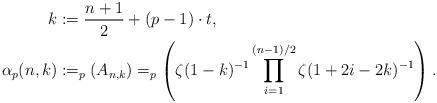
LaTeX: \begin{align*} k&:=\frac{n+1}{2}+(p-1)\cdot t,\\ \alpha_p(n,k) &:= _p(A_{n,k})=_p\left(\zeta(1-k)^{-1}\prod_{i=1}^{(n-1)/2}\zeta(1+2i-2k)^{-1}\right).\end{align*}